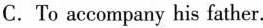
C.To accompany his father.